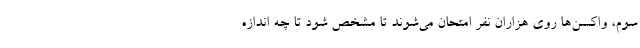
سوم، واکسن‌ها روی هزاران نفر امتحان می‌شوند تا مشخص شود تا چه اندازه